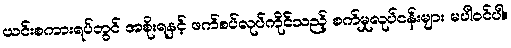
ယင်းစကားရပ်တွင် အစိုးရနှင့် ဖက်စပ်လုပ်ကိုင်သည့် စက်မှုလုပ်ငန်းများ မပါဝင်ပါ။